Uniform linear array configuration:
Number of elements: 12
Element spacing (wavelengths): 0.75
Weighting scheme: uniform
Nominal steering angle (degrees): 45
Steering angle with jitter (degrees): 46.26
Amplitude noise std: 0.05
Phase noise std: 0.05

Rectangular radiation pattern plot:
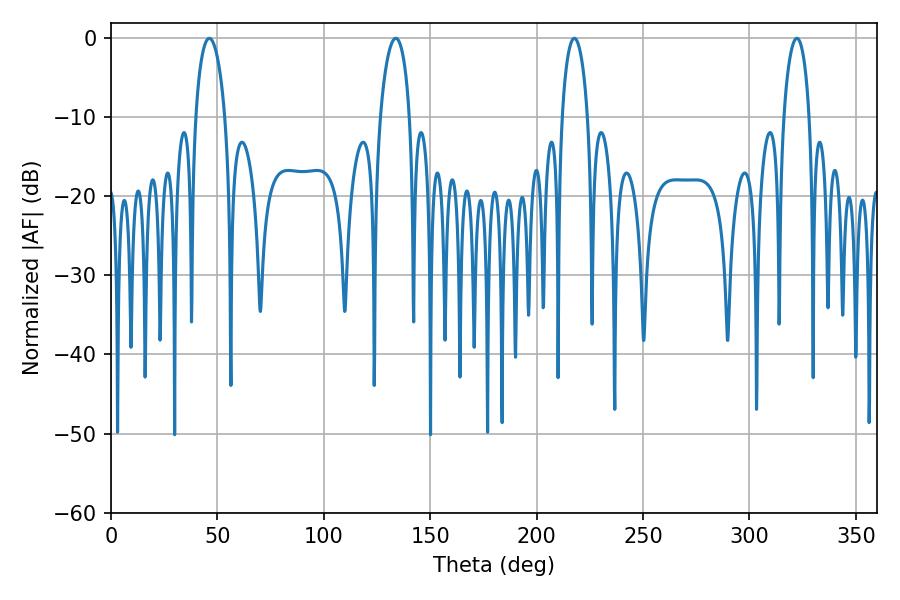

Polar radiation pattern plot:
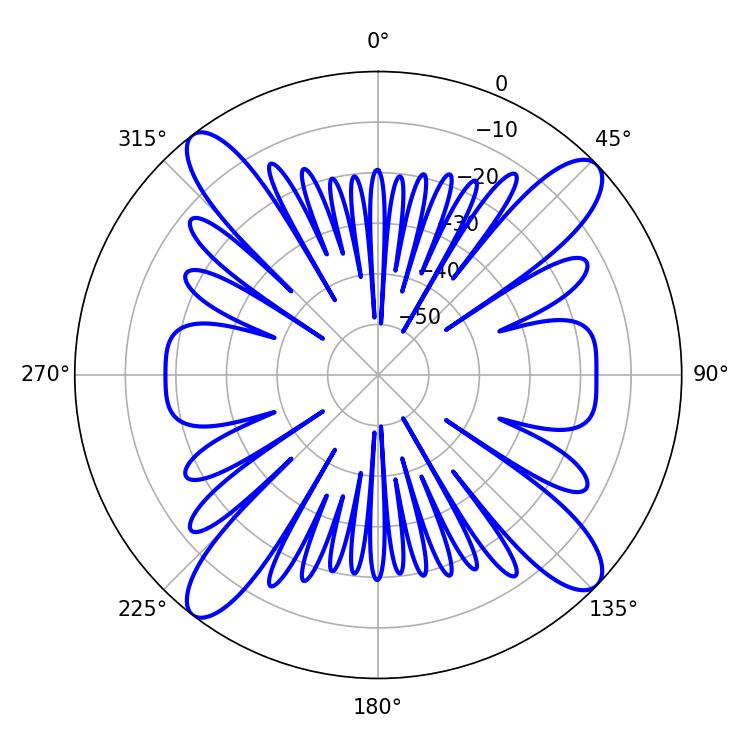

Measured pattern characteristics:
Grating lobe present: TRUE
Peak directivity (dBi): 15.397
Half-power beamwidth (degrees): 7.74
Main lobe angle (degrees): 46.26